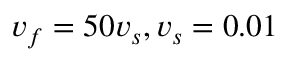
v _ { f } = 5 0 v _ { s } , v _ { s } = 0 . 0 1